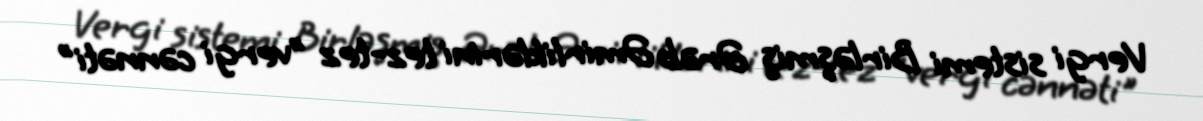
Vergi sistemi Birləşmiş Ərəb Əmirliklərini tez-tez "vergi cənnəti"